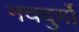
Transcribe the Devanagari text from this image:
नवदुर्गो